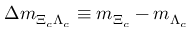
\Delta m _ { \Xi _ { c } \Lambda _ { c } } \equiv m _ { \Xi _ { c } } - m _ { \Lambda _ { c } }